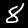
Label: 8